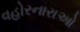
વહોરનારાઓ